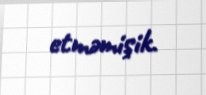
etməmişik.